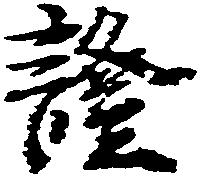
証